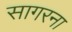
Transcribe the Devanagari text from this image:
सागरना